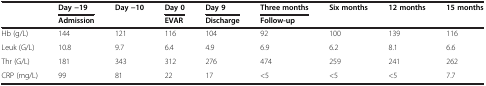
<table><thead><tr><td><b> </b></td><td><b>Day −19</b></td><td><b>Day −10</b></td><td><b>Day 0</b></td><td><b>Day 9</b></td><td><b>Three months</b></td><td><b>Six months</b></td><td><b>12 months</b></td><td><b>15 months</b></td></tr><tr><td><b> </b></td><td><b>Admission</b></td><td><b> </b></td><td><b>EVAR</b></td><td><b>Discharge</b></td><td colspan="4"><b>Follow-up</b></td></tr></thead><tbody><tr><td>Hb (g/L)</td><td>144</td><td>121</td><td>116</td><td>104</td><td>92</td><td>100</td><td>139</td><td>116</td></tr><tr><td>Leuk (G/L)</td><td>10.8</td><td>9.7</td><td>6.4</td><td>4.9</td><td>6.9</td><td>6.2</td><td>8.1</td><td>6.6</td></tr><tr><td>Thr (G/L)</td><td>181</td><td>343</td><td>312</td><td>276</td><td>474</td><td>259</td><td>241</td><td>262</td></tr><tr><td>CRP (mg/L)</td><td>99</td><td>81</td><td>22</td><td>17</td><td>&lt;5</td><td>&lt;5</td><td>&lt;5</td><td>7.7</td></tr></tbody></table>